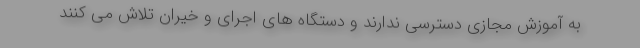
به آموزش مجازی دسترسی ندارند و دستگاه های اجرای و خیران تلاش می کنند